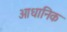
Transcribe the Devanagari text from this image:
आधानिक